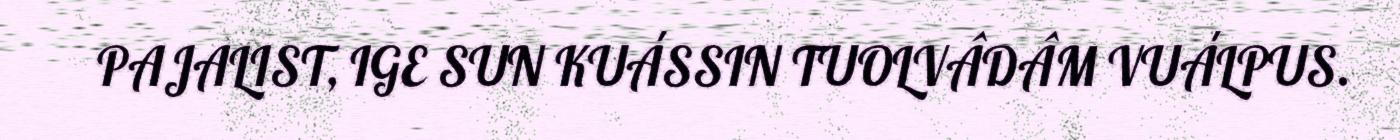
PAJALIST, IGE SUN KUÁSSIN TUOLVÂDÂM VUÁLPUS.